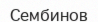
Сембинов